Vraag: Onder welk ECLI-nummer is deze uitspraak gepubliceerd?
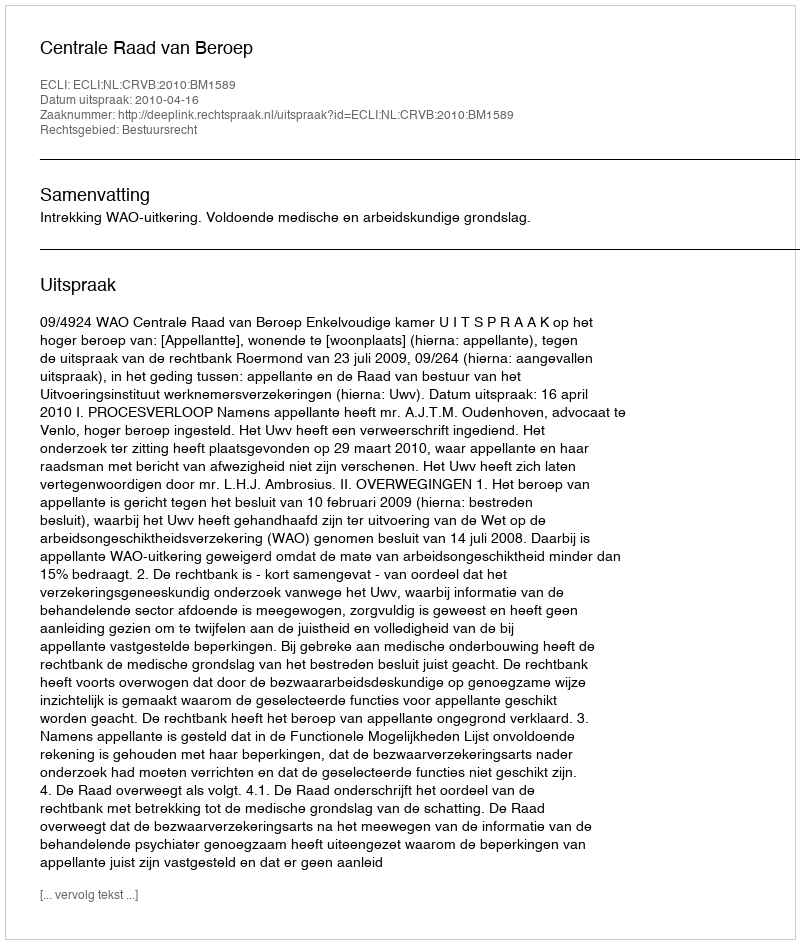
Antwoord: ECLI:NL:CRVB:2010:BM1589